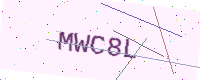
Text: MWC8L